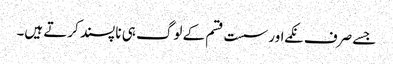
جسے صرف نکمے اور سست قسم کے لوگ ہی نا پسند کرتے ہیں۔